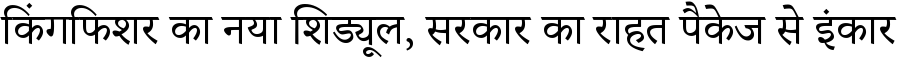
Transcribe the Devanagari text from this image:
किंगफिशर का नया शिड्यूल, सरकार का राहत पैकेज से इंकार